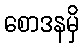
စောဒနမှိ